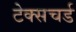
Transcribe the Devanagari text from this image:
टेक्सचर्ड